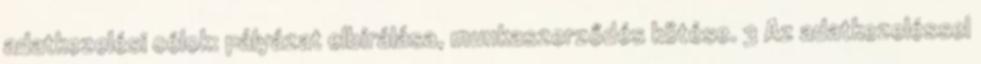
adatkezelési célok: pályázat elbírálása, munkaszerződés kötése. 3 Az adatkezeléssel